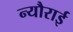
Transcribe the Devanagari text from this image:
न्यौराई